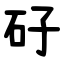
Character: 矷